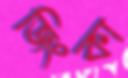
জিংকা